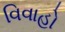
વિવાહો